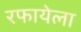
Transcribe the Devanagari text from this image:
रफायेला